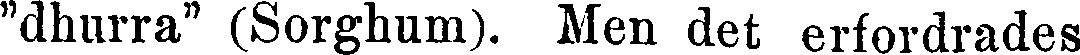
"dhurra" (Sorghum). Men det erfordrades